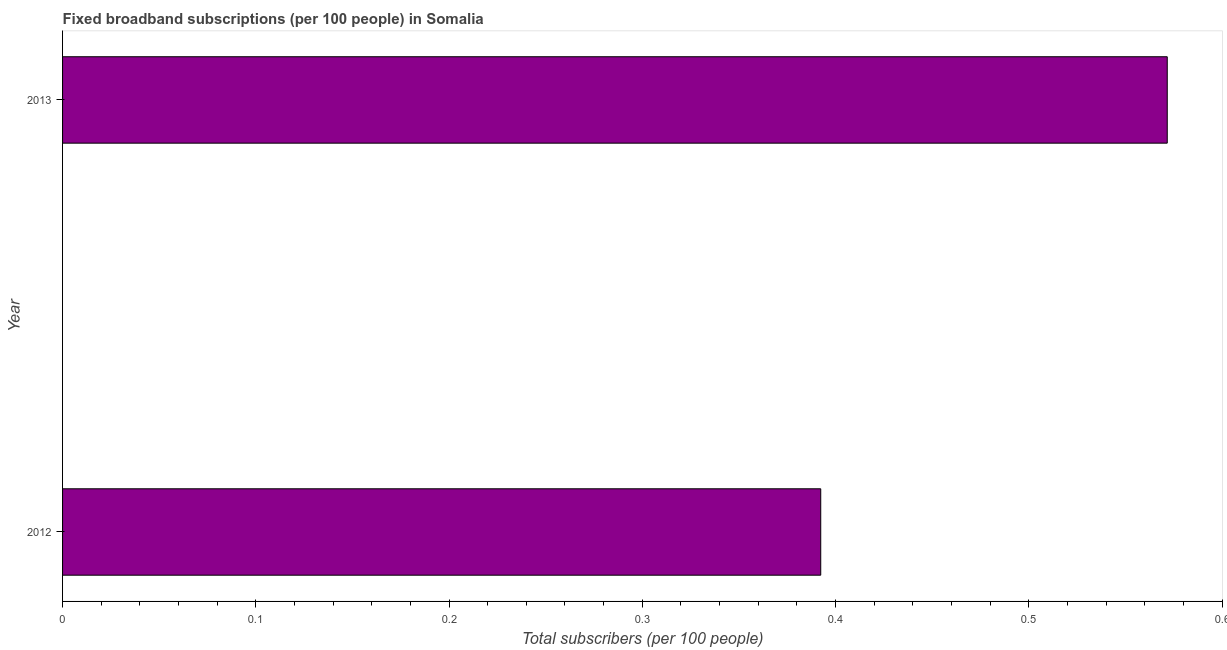
| Year | Fixed broadband subscriptions (per 100 people) |
 | --- | --- |
 | 2012 | 0.392 |
 | 2013 | 0.572 |